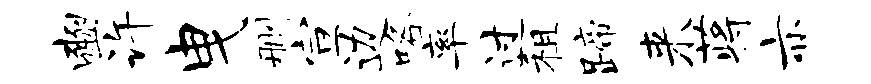
豳许曳删宣边咯率过租蹄来蒋亦